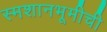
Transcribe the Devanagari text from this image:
स्मशानभूमीची